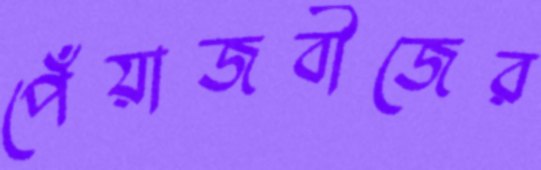
পেঁয়াজবীজের